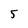
Character: 5